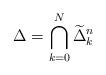
LaTeX: \begin{align*}\Delta=\bigcap_{k=0}^N \widetilde{\Delta}^n_k\end{align*}